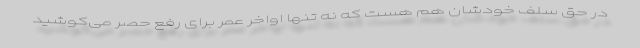
در حق سلف خودشان هم هست که نه تنها اواخر عمر برای رفع حصر می‌کوشید